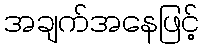
အချက်အနေဖြင့်